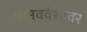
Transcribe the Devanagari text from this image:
मानववंशावर